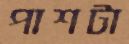
পাশটা